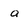
Character: a